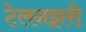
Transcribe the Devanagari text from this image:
टेलनझरी